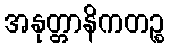
အနုတ္တာနိကတဉ္စ